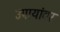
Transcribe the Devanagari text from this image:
उपायांवर